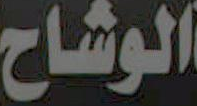
الوشاح